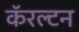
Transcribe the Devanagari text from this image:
कॅरल्टन